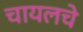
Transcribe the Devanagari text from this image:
चायलचे